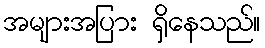
အများအပြား ရှိနေသည်။